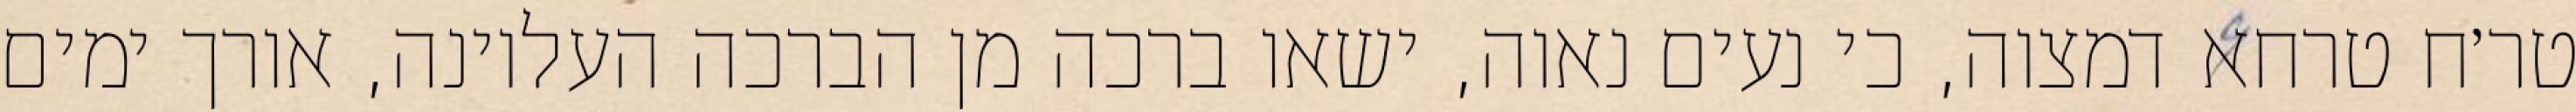
טר׳ח טרחא דמצוה, כי נעים נאוה, ישאו ברכה מן הברכה העליונה, אורך ימים